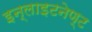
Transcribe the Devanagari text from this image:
इन्लाइटनेण्ट